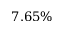
7 . 6 5 \%